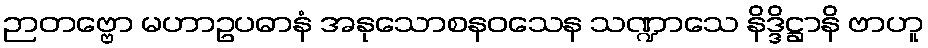
ဉာတဗ္ဗော မဟာဥပဓာနံ အနုသောစနဝသေန သဏ္ဍာသေ နိဒ္ဒိဋ္ဌာနိ ဗာဟူ